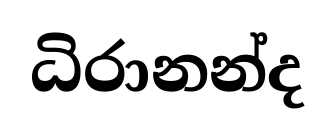
ධිරානන්ද